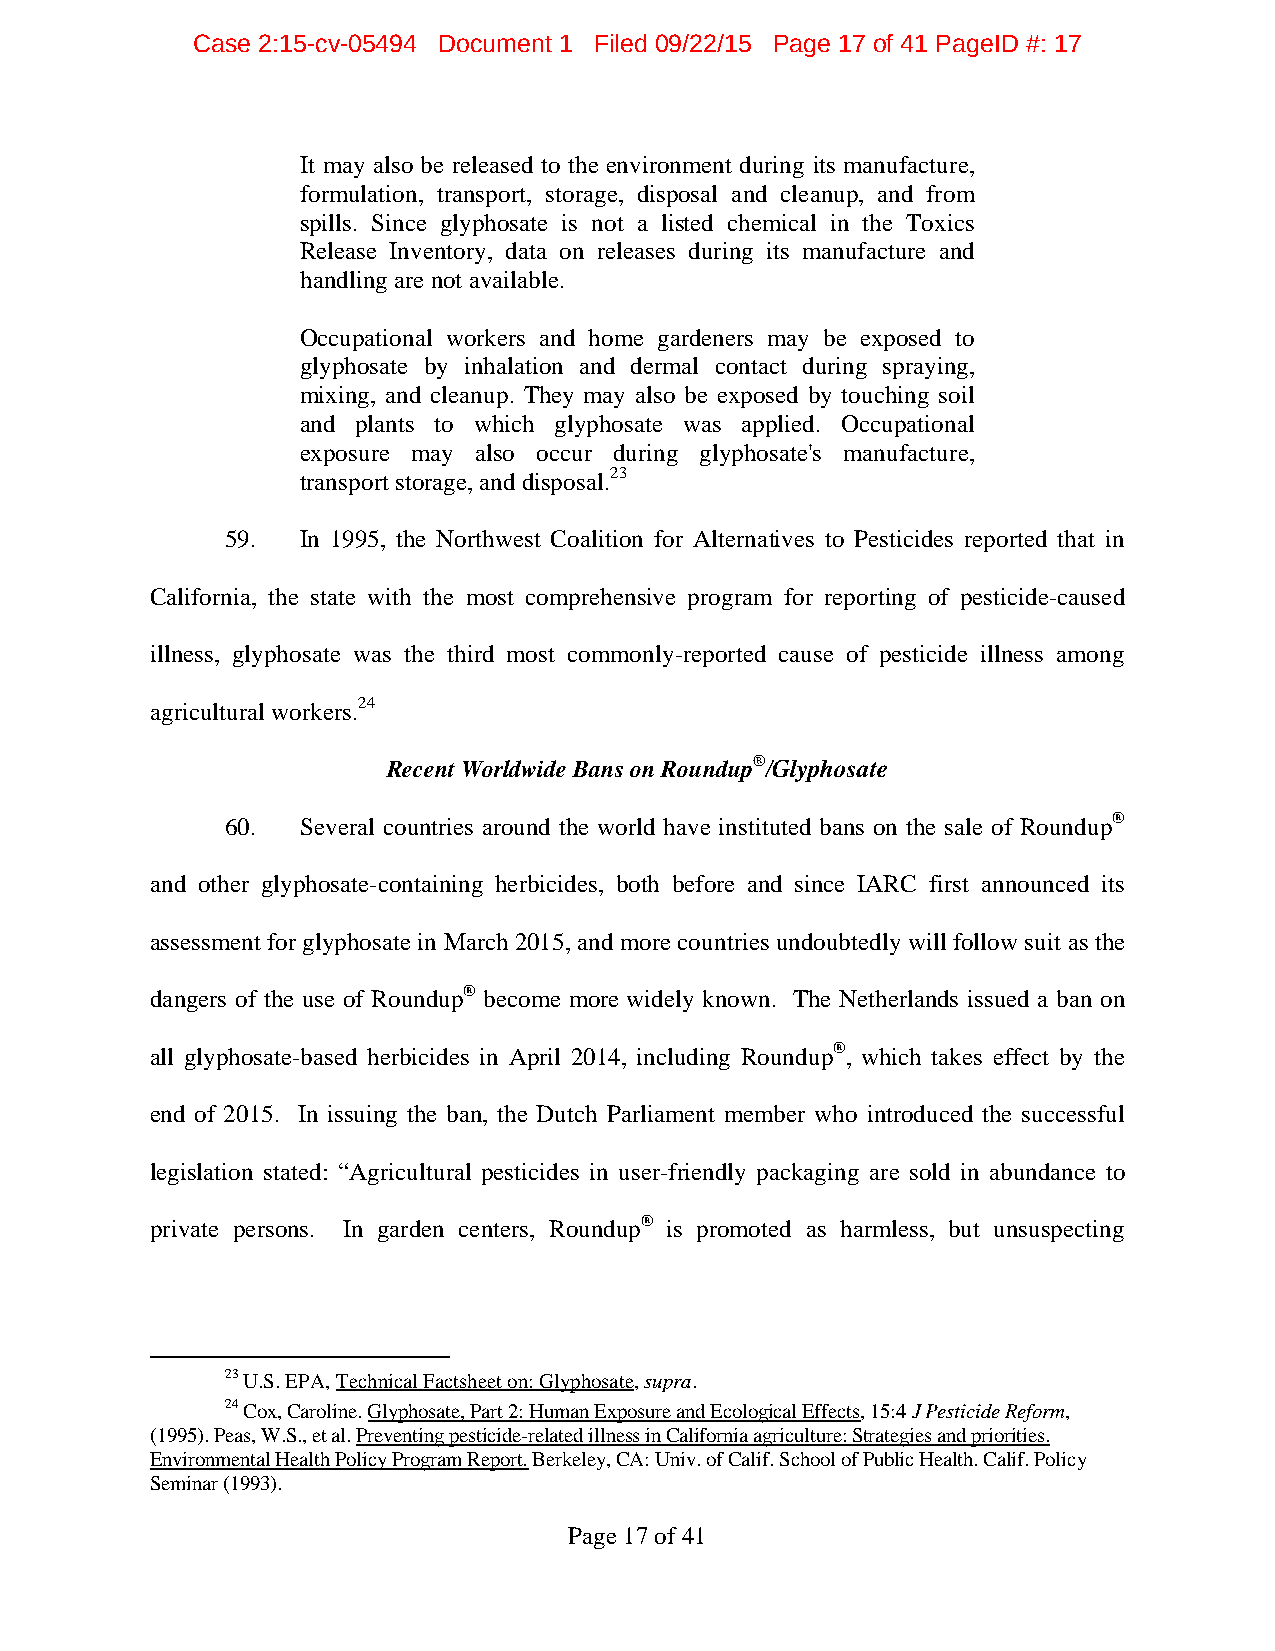
Case 2:15-cv-05494 Document 1 Filed 09/22/15 Page 17 of 41 PageID #: 17
 It may also be released to the environment during its manufacture,
 formulation, transport, storage, disposal and cleanup, and from
 spills. Since glyphosate is not a listed chemical in the Toxics
 Release Inventory, data on releases during its manufacture and
 handling are not available.
 Occupational workers and home gardeners may be exposed to
 glyphosate by inhalation and dermal contact during spraying,
 mixing, and cleanup. They may also be exposed by touching soil
 and plants to which glyphosate was applied. Occupational
 exposure may also occur during glyphosate's manufacture,
 transport storage, and disposal.23
 59.  In 1995, the Northwest Coalition for Alternatives to Pesticides reported that in
 California, the state with the most comprehensive program for reporting of pesticide-caused
 illness, glyphosate was the third most commonly-reported cause of pesticide illness among
 agricultural workers.24
 Recent Worldwide Bans on Roundup®/Glyphosate
 60.  Several countries around the world have instituted bans on the sale of Roundup®
 and other glyphosate-containing herbicides, both before and since IARC first announced its
 assessment for glyphosate in March 2015, and more countries undoubtedly will follow suit as the
 dangers of the use of Roundup® become more widely known. The Netherlands issued a ban on
 all glyphosate-based herbicides in April 2014, including Roundup®, which takes effect by the
 end of 2015. In issuing the ban, the Dutch Parliament member who introduced the successful
 legislation stated: “Agricultural pesticides in user-friendly packaging are sold in abundance to
 private persons. In garden centers, Roundup® is promoted as harmless, but unsuspecting
 23 U.S. EPA, Technical Factsheet on: Glyphosate, supra.
 24 Cox, Caroline. Glyphosate, Part 2: Human Exposure and Ecological Effects, 15:4 J Pesticide Reform,
 (1995). Peas, W.S., et al. Preventing pesticide-related illness in California agriculture: Strategies and priorities.
 Environmental Health Policy Program Report. Berkeley, CA: Univ. of Calif. School of Public Health. Calif. Policy
 Seminar (1993).
 Page 17 of 41